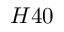
H 4 0